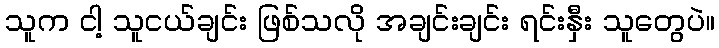
သူက ငါ့ သူငယ်ချင်း ဖြစ်သလို အချင်းချင်း ရင်းနှီး သူတွေပဲ။